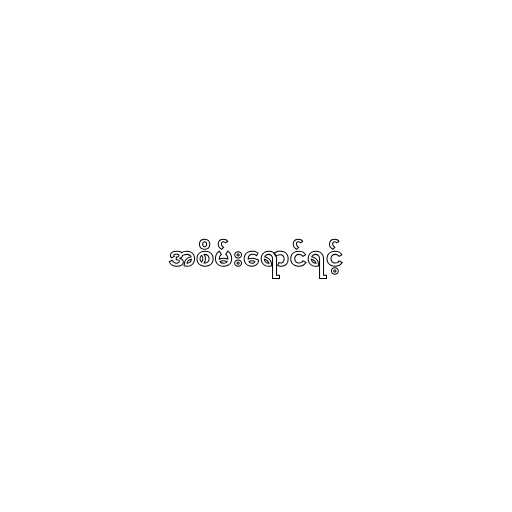
အစိမ်းရောင်ရင့်